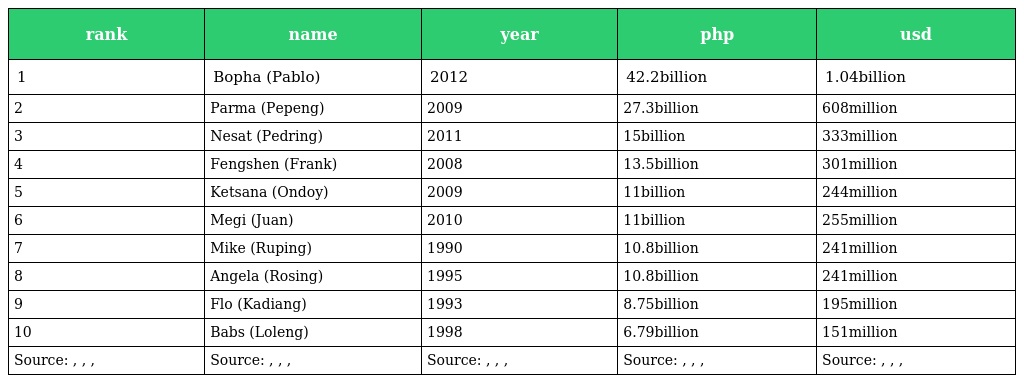
| rank | name | year | php | usd |
 | --- | --- | --- | --- | --- |
 | 1 | Bopha (Pablo) | 2012 | 42.2billion | 1.04billion |
 | 2 | Parma (Pepeng) | 2009 | 27.3billion | 608million |
 | 3 | Nesat (Pedring) | 2011 | 15billion | 333million |
 | 4 | Fengshen (Frank) | 2008 | 13.5billion | 301million |
 | 5 | Ketsana (Ondoy) | 2009 | 11billion | 244million |
 | 6 | Megi (Juan) | 2010 | 11billion | 255million |
 | 7 | Mike (Ruping) | 1990 | 10.8billion | 241million |
 | 8 | Angela (Rosing) | 1995 | 10.8billion | 241million |
 | 9 | Flo (Kadiang) | 1993 | 8.75billion | 195million |
 | 10 | Babs (Loleng) | 1998 | 6.79billion | 151million |
 | Source: , , , | Source: , , , | Source: , , , | Source: , , , | Source: , , , |